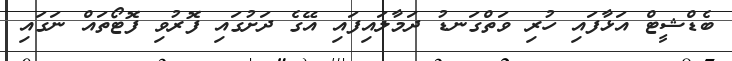
ބެޑްޝީޓް އަޅާފައި ހުރި ވަތްގަނޑު ދަމާލައިފައި އޭގެ ދަށުގައި ފޮރުވި ފޮޓޯތައް ނަގައި